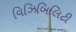
વિઝિબિલિટી